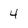
Character: 4